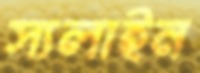
স্যলাইন